Civil Veterinary Dept. North-West Frontier Province 1933-46 - 1933-1946
Year: 1933
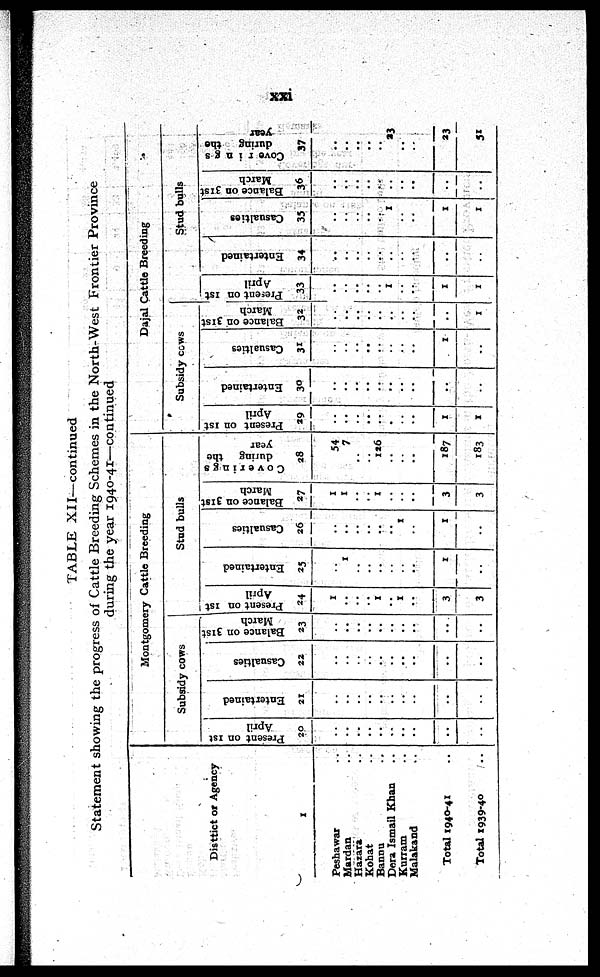
xxi
TABLE XII—continued
Statement showing the progress of Cattle Breeding Schemes in the North-West Frontier Province
during the year 1940-41—continued
Disttict or Agency
1
Peshawar ..
Mardan ..
Hazara ..
Kohat ..
Bannu ..
Dora Ismail Khan ..
Kurram ..
Malakand ..
Total 1940-41 ..
Total 1939-40 ..
Montgomery Cattle Breeding
Subsidy cows
Present on 1st
April
20
..
..
..
..
..
..
..
..
..
Entertained
21
..
..
..
..
..
..
..
..
..
..
Casualties
22
..
..
..
..
..
..
..
..
..
..
Balance on 31st
March
23
..
..
..
..
..
..
..
..
..
..
Stud bulls
Present on 1st
April
24
1
..
1
..
1
..
3
3
Entertained
25
..
1
..
..
..
..
..
..
1
..
Casualties
26
..
..
..
..
..
..
1
..
1
1
Balance on 31st
March
27
1
1
..
1
..
..
..
3
3
Coverings
during the
year
28
54
7
..
126
..
..
..
187
183
Dajal Cattle Breeding
Subsidy cows
Present on 1st
April
29
..
..
..
..
..
..
..
..
1
1
Entertained
30
..
..
..
..
..
..
..
..
..
..
Casualties
31
..
..
..
..
..
..
..
..
1
..
Balance on 31st
March
32
..
..
..
..
..
..
..
..
..
1
Stud bulls
Present on 1st
April
33
..
..
..
..
1
..
..
1
1
Entertained
34
..
..
..
..
..
..
..
..
..
..
Casualties
35
..
..
..
..
..
1
..
..
1
1
Balance on 31st
March
36
..
..
..
..
..
..
..
..
..
..
Cove rings
during
the
year
37
..
..
..
..
..
23
..
..
23
51